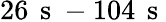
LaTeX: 26\, \mathrm{~s~}-104\, \mathrm{~s~}